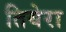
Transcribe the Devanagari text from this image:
तियेरा